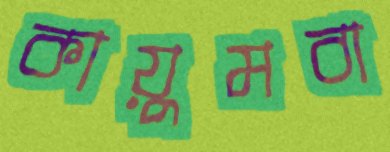
কায়ুমবা